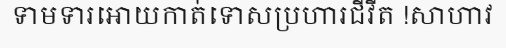
ទាមទារអោយកាត់ទោសប្រហារជីវីត !សាហាវ